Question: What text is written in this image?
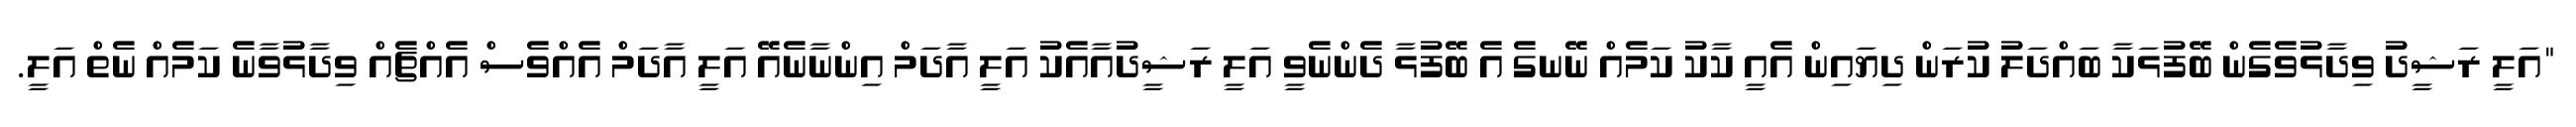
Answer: "އަލީ ރަޝީދު ވިދާޅުވެގެން ބޭފުޅަކާ ބައްދަލު ކުރަން ދިޔައިން އެއީ ކާކު ކަމެއް ނޭނގެ އެ ބޭފުޅާ ދެންނެވީ އަލީ ރަޝީދުއާއެކު އަލީ އާދަމް އިންނާނެއޭ އަލީ އާދަމް އެއްވެސް އެއްޗެއް ވިދާޅުވާނެ ކަމެއް ނެތް އަލީ.